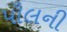
પૌલની